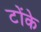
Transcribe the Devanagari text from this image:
टोंके